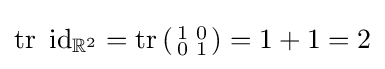
\operatorname {tr} \ \operatorname {id} _{\mathbb {R} ^{2}}=\operatorname {tr} \left({\begin{smallmatrix}1&0\\0&1\end{smallmatrix}}\right)=1+1=2